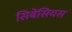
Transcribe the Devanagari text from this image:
सिबेसियस